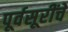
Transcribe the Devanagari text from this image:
पूर्वसूरींचे